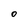
Character: O